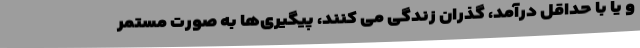
و یا با حداقل درآمد، گذران زندگی می کنند، پیگیری‌ها به صورت مستمر